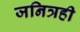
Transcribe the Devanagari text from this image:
जनित्रही